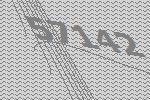
57142